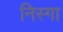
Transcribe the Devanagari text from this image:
निस्गा